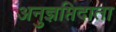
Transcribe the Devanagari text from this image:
अनुज्ञप्तिदाता